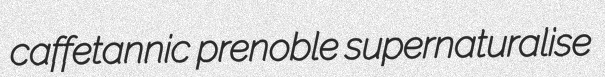
caffetannic prenoble supernaturalise